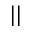
| |